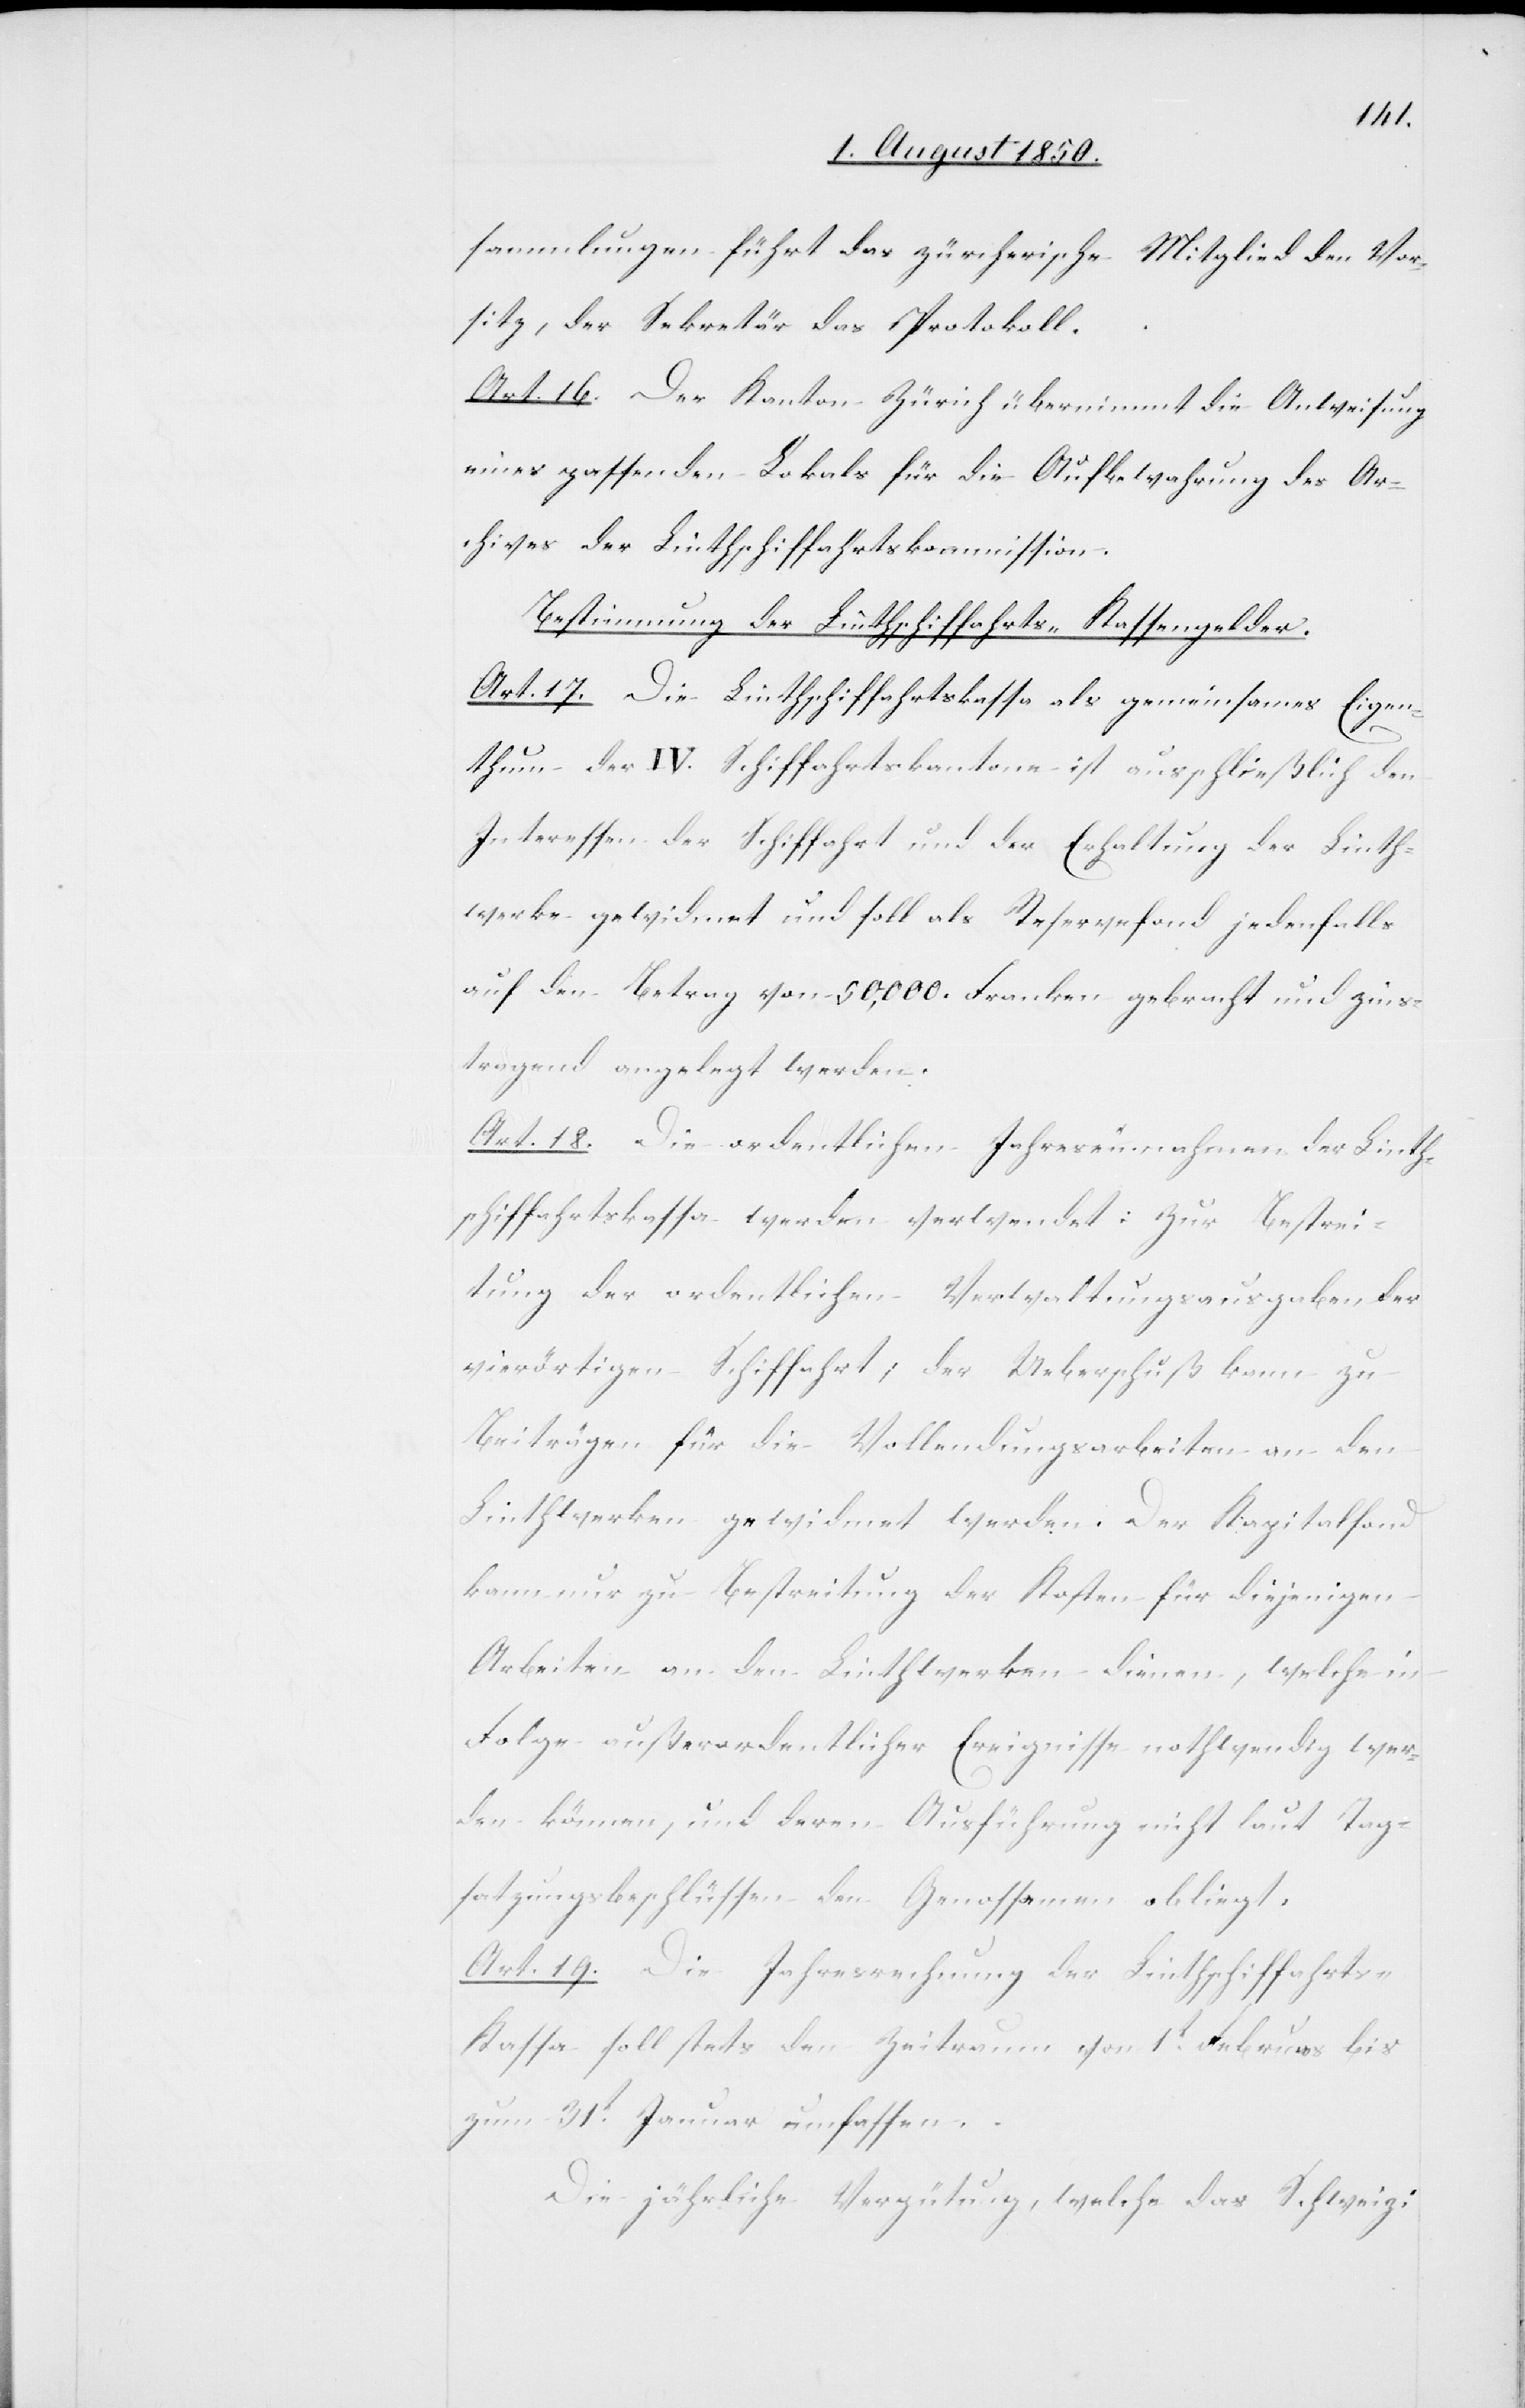
sammlungen führt das zürcherische Mitglied den Vor¬
sitz, der Sekretär das Protokoll.
Art. 16. Der Kanton Zürich übernimmt die Anweisung
eines passenden Lokals für die Aufbewahrung des Ar¬
chives der Linthschiffahrtskommission.
Bestimmung der Linthschiffahrts-Kassengelder.
Art. 17. Die Linthschiffahrtskassa als gemeinsames Eigen¬
thum der IV. Schiffahrtskantone ist ausschließlich den
Interessen der Schiffahrt und der Erhaltung der Linth¬
werke gewidmet und soll als Reservefond jedenfalls
auf den Betrag von 50,000. Franken gebracht und zins¬
tragend angelegt werden.
Art. 18. Die ordentlichen Jahreseinnahmen der Linth¬
schiffahrtskassa werden verwendet: zur Bestrei¬
tung der ordentlichen Verwaltungsausgaben der
vierörtigen Schiffahrt, der Ueberschuß kann zu
Beiträgen für die Vollendungsarbeiten an den
Linthwerken gewidmet werden. Der Kapitalfond
kann nur zu Bestreitung der Kosten für diejenigen
Arbeiten an den Linthwerken dienen, welche in
Folge außerordentlicher Ereignisse nothwendig wer¬
den können, und deren Ausführung nicht laut Tag¬
satzungsbeschlüssen den Genossamen obliegt.
Art. 19. Die Jahresrechnung der Linthschiffahrts-K¬
assa soll stets den Zeitraum von 1t Februars
zum 31t Januar umfassen.
Die jährliche Vergütung, welche das Schweiz: